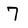
Character: 7